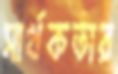
সার্থকতার